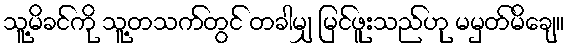
သူ့မိခင်ကို သူ့တသက်တွင် တခါမျှ မြင်ဖူးသည်ဟု မမှတ်မိချေ။